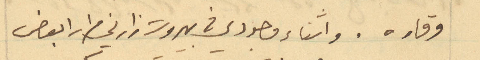
وقاره. واثناء وجودي في بيروت زارني مرارا بعض